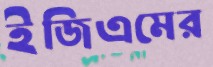
ইজিএমের